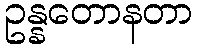
ဥန္နတောနတာ